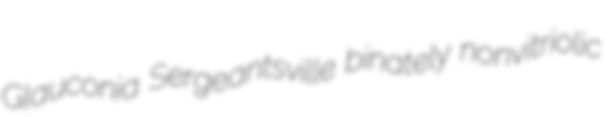
Glauconia Sergeantsville binately nonvitriolic